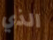
الذي